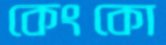
কেংকো